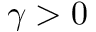
\gamma > 0